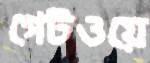
গেটওয়ে